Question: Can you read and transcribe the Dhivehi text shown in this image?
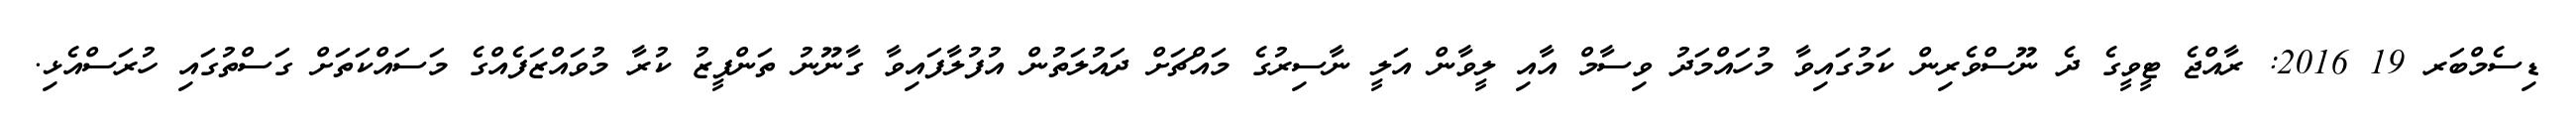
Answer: ޑިސެމްބަރ 19 2016: ރާއްޖެ ޓީވީގެ ދެ ނޫސްވެރިން ކަމުގައިވާ މުހައްމަދު ވިސާމް އާއި ލީވާން އަލީ ނާސިރުގެ މައްޗަށް ދައުލަތުން އުފުލާފައިވާ ގާނޫނު ތަންފީޒު ކުރާ މުވައްޒަފެއްގެ މަސައްކަތަށް ގަސްތުގައި ހުރަސްއެޅި.